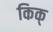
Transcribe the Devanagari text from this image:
किक्